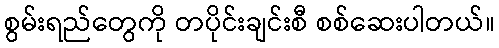
စွမ်းရည်တွေကို တပိုင်းချင်းစီ စစ်ဆေးပါတယ်။